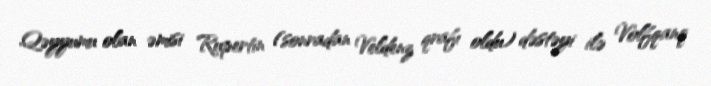
Qəyyumu olan əmisi Rupertin (sonradan Veldenz qrafı oldu) dəstəyi ilə Volfqanq